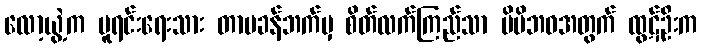
လော့ယွဲ့က မူရင်းရေးသား တာမခန်ဘက်မှ စိတ်လက်ကြည်သာ မိမိဘဝအတွက် ထွဋ်ဦးက